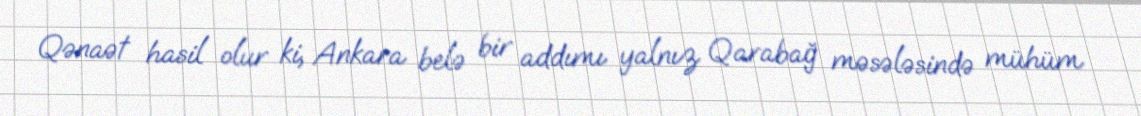
Qənaət hasil olur ki, Ankara belə bir addımı yalnız Qarabağ məsələsində mühüm